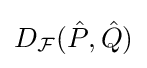
D_{\mathcal {F}}({\hat {P}},{\hat {Q}})